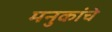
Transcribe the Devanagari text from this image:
मनुकांचे